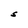
Character: S